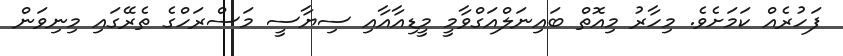
ފަހުރެއް ކަމަށެވެ. މިހާރު މިއޮތް ބައިނަލްއަގްވާމީ މީޑިއާއާއި ސިޔާސީ މަސްރަހްގެ ތެރޭގައި މިނިވަން